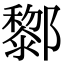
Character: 𨟀